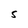
Character: S